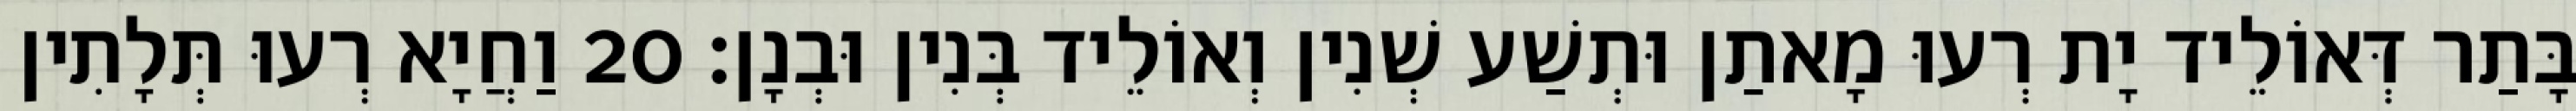
בָּתַר דְּאוֹלֵיד יָת רְעוּ מָאתַן וּתְשַׁע שְׁנִין וְאוֹלֵיד בְּנִין וּבְנָן׃ 20 וַחֲיָא רְעוּ תְּלָתִין